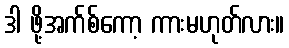
ဒါ ဖို့အက်စ်ကော့ ကားမဟုတ်လား။